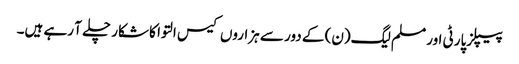
پیپلزپارٹی اور مسلم لیگ(ن) کے دور سے ہزاروں کیس التوا کا شکار چلے آ رہے ہیں۔